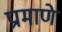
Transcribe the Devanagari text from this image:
प्रामाणे